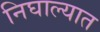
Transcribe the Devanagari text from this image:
निघाल्यात